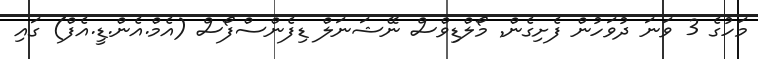
މަހުގެ 3 ވަނަ ދުވަހުން ފެށިގެން